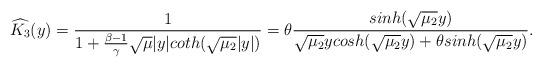
LaTeX: \begin{align*}\widehat{K_3}(y)=\frac{1}{1+\frac{\beta-1}{\gamma}\sqrt{\mu}|y| coth(\sqrt{\mu_2} |y|)}=\theta\frac{sinh(\sqrt{\mu_2} y)}{\sqrt{\mu_2} y cosh(\sqrt{\mu_2} y)+ \theta sinh(\sqrt{\mu_2} y)}.\end{align*}